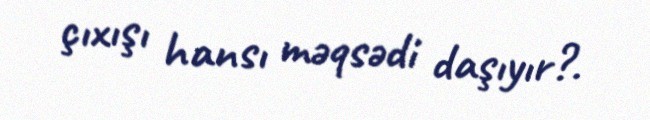
çıxışı hansı məqsədi daşıyır?.